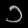
Digit: ၁